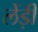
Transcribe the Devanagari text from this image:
लेंड़ी